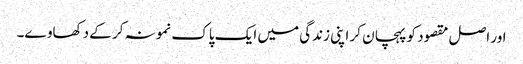
اور اصل مقصود کو پہچان کر اپنی زندگی میں ایک پاک نمونہ کر کے دکھاوے۔